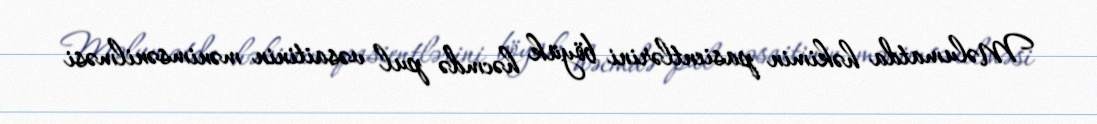
Məlumatda həkimin pasientlərini böyük həcmdə pul vəsaitinin mənimsənilməsi